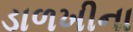
ડાળખીના